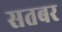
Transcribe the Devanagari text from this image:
सतबर